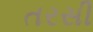
તરસી